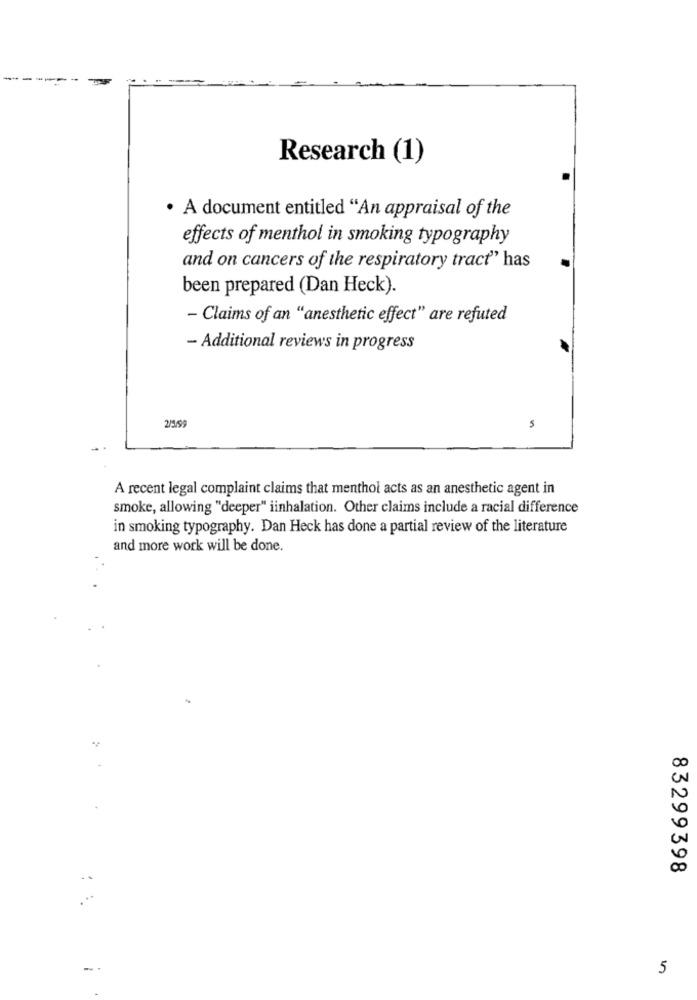
Research (1)
. A document entitled "An appraisal of the
effects of menthol in smoking typography
and on cancers of the respiratory tract" has
been prepared (Dan Heck).
- Claims of an "anesthetic effect" are refuted
- Additional reviews in progress
2/5/99
5
A recent legal complaint claims that menthol acts as an anesthetic agent in
smoke, allowing "deeper" iinhalation. Other claims include a racial difference
in smoking typography. Dan Heck has done a partial review of the literature
and more work will be done.
83299398
5